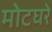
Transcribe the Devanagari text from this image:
मोटघरे